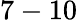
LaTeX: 7-10